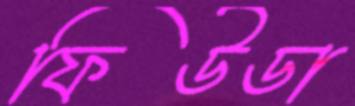
ফিউডা